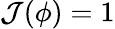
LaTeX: {\cal J}(\phi)=1